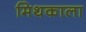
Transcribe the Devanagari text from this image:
मिथकाला